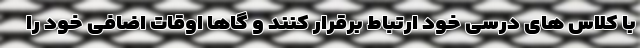
با کلاس های درسی خود ارتباط برقرار کنند و گاها اوقات اضافی خود را